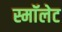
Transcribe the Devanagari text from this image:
स्माॅलेट